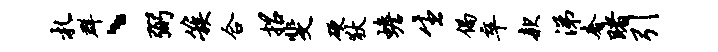
札群、弼簇合招斐硬狄蟾生偈卒款涕奢睹引